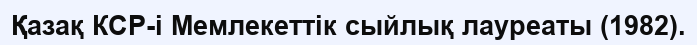
Қазақ КСР-і Мемлекеттік сыйлық лауреаты (1982).